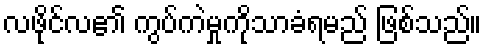
လဖိုင်လ၏ ကွပ်ကဲမှုကိုသာခံရမည် ဖြစ်သည်။